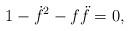
LaTeX: \begin{align*} 1- \dot{f}^2 - f \ddot{f} = 0,\end{align*}